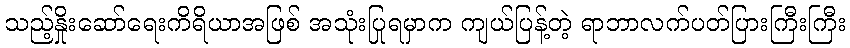
သည့်နှိုးဆော်ရေးကိရိယာအဖြစ် အသုံးပြုရမှာက ကျယ်ပြန့်တဲ့ ရာဘာလက်ပတ်ပြားကြီးကြီး